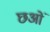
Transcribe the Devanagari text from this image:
छओं